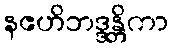
နဧဟိဘဒ္ဒန္တိကာ